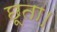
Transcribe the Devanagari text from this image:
छूता।